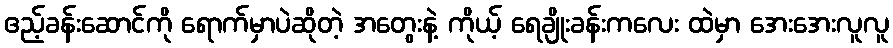
ဧည့်ခန်းဆောင်ကို ရောက်မှာပဲဆိုတဲ့ အတွေးနဲ့ ကိုယ့် ရေချိုးခန်းကလေး ထဲမှာ အေးအေးလူလူ